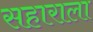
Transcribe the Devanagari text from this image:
सहाराला